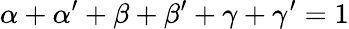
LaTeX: \alpha+\alpha^{\prime}+\beta+\beta^{\prime}+\gamma+\gamma^{\prime}=1